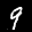
Label: 9